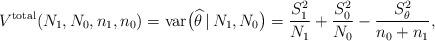
LaTeX: \begin{align*} V^\mathrm{total}(N_1,N_0,n_1,n_0)&=\mbox{var}\big(\widehat{\theta}\,|\,N_1,N_0\big)=\frac{S^2_1}{N_1}+\frac{S^2_0}{N_0}-\frac{S^2_{\theta}}{n_0+n_1},\end{align*}